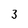
Character: 3